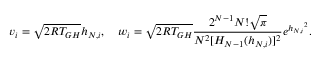
v _ { i } = \sqrt { 2 R T _ { G H } } h _ { N , i } , \quad w _ { i } = \sqrt { 2 R T _ { G H } } \frac { 2 ^ { N - 1 } N ! \sqrt { \pi } } { N ^ { 2 } [ H _ { N - 1 } ( h _ { N , i } ) ] ^ { 2 } } e ^ { { h _ { N , i } } ^ { 2 } } .